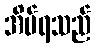
အိပ်ရသည်